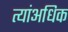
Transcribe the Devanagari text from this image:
त्यांअधिक